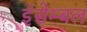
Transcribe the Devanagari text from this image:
इंसेम्बल